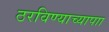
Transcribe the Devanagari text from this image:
ठरविण्याच्यापाा